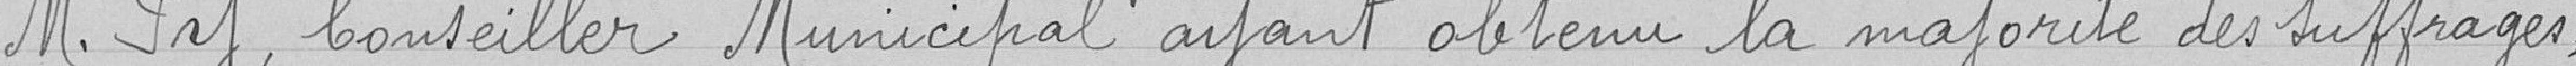
M. Py, conseiller municipal ayant obtenu la majorité des suffrages,